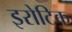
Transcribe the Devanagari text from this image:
इरोटिक